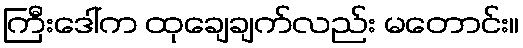
ကြီးဒေါ်က ထုချေချက်လည်း မတောင်း။